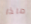
ماذا